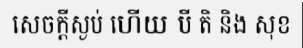
សេចក្តីស្ងប់ ហើយ បី តិ និង សុខ